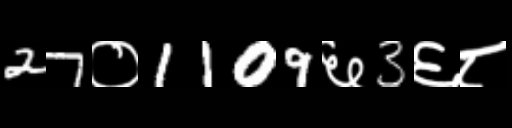
Text: 27०1109६3६८